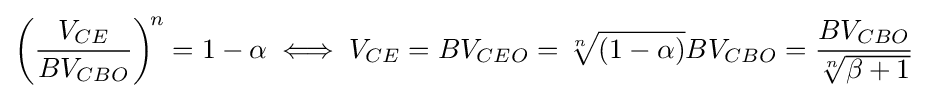
\left({\frac {V_{CE}}{BV_{CBO}}}\right)^{\!n}=1-\alpha \iff V_{CE}=BV_{CEO}={\sqrt[{n}]{(1-\alpha )}}BV_{CBO}={\frac {BV_{CBO}}{\sqrt[{n}]{\beta +1}}}